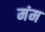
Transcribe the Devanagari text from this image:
मंम